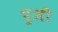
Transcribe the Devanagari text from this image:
पुशी